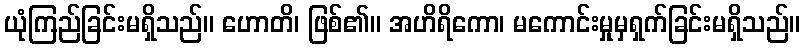
ယုံကြည်ခြင်းမရှိသည်။ ဟောတိ၊ ဖြစ်၏။ အဟိရိကော၊ မကောင်းမှုမှရှက်ခြင်းမရှိသည်။